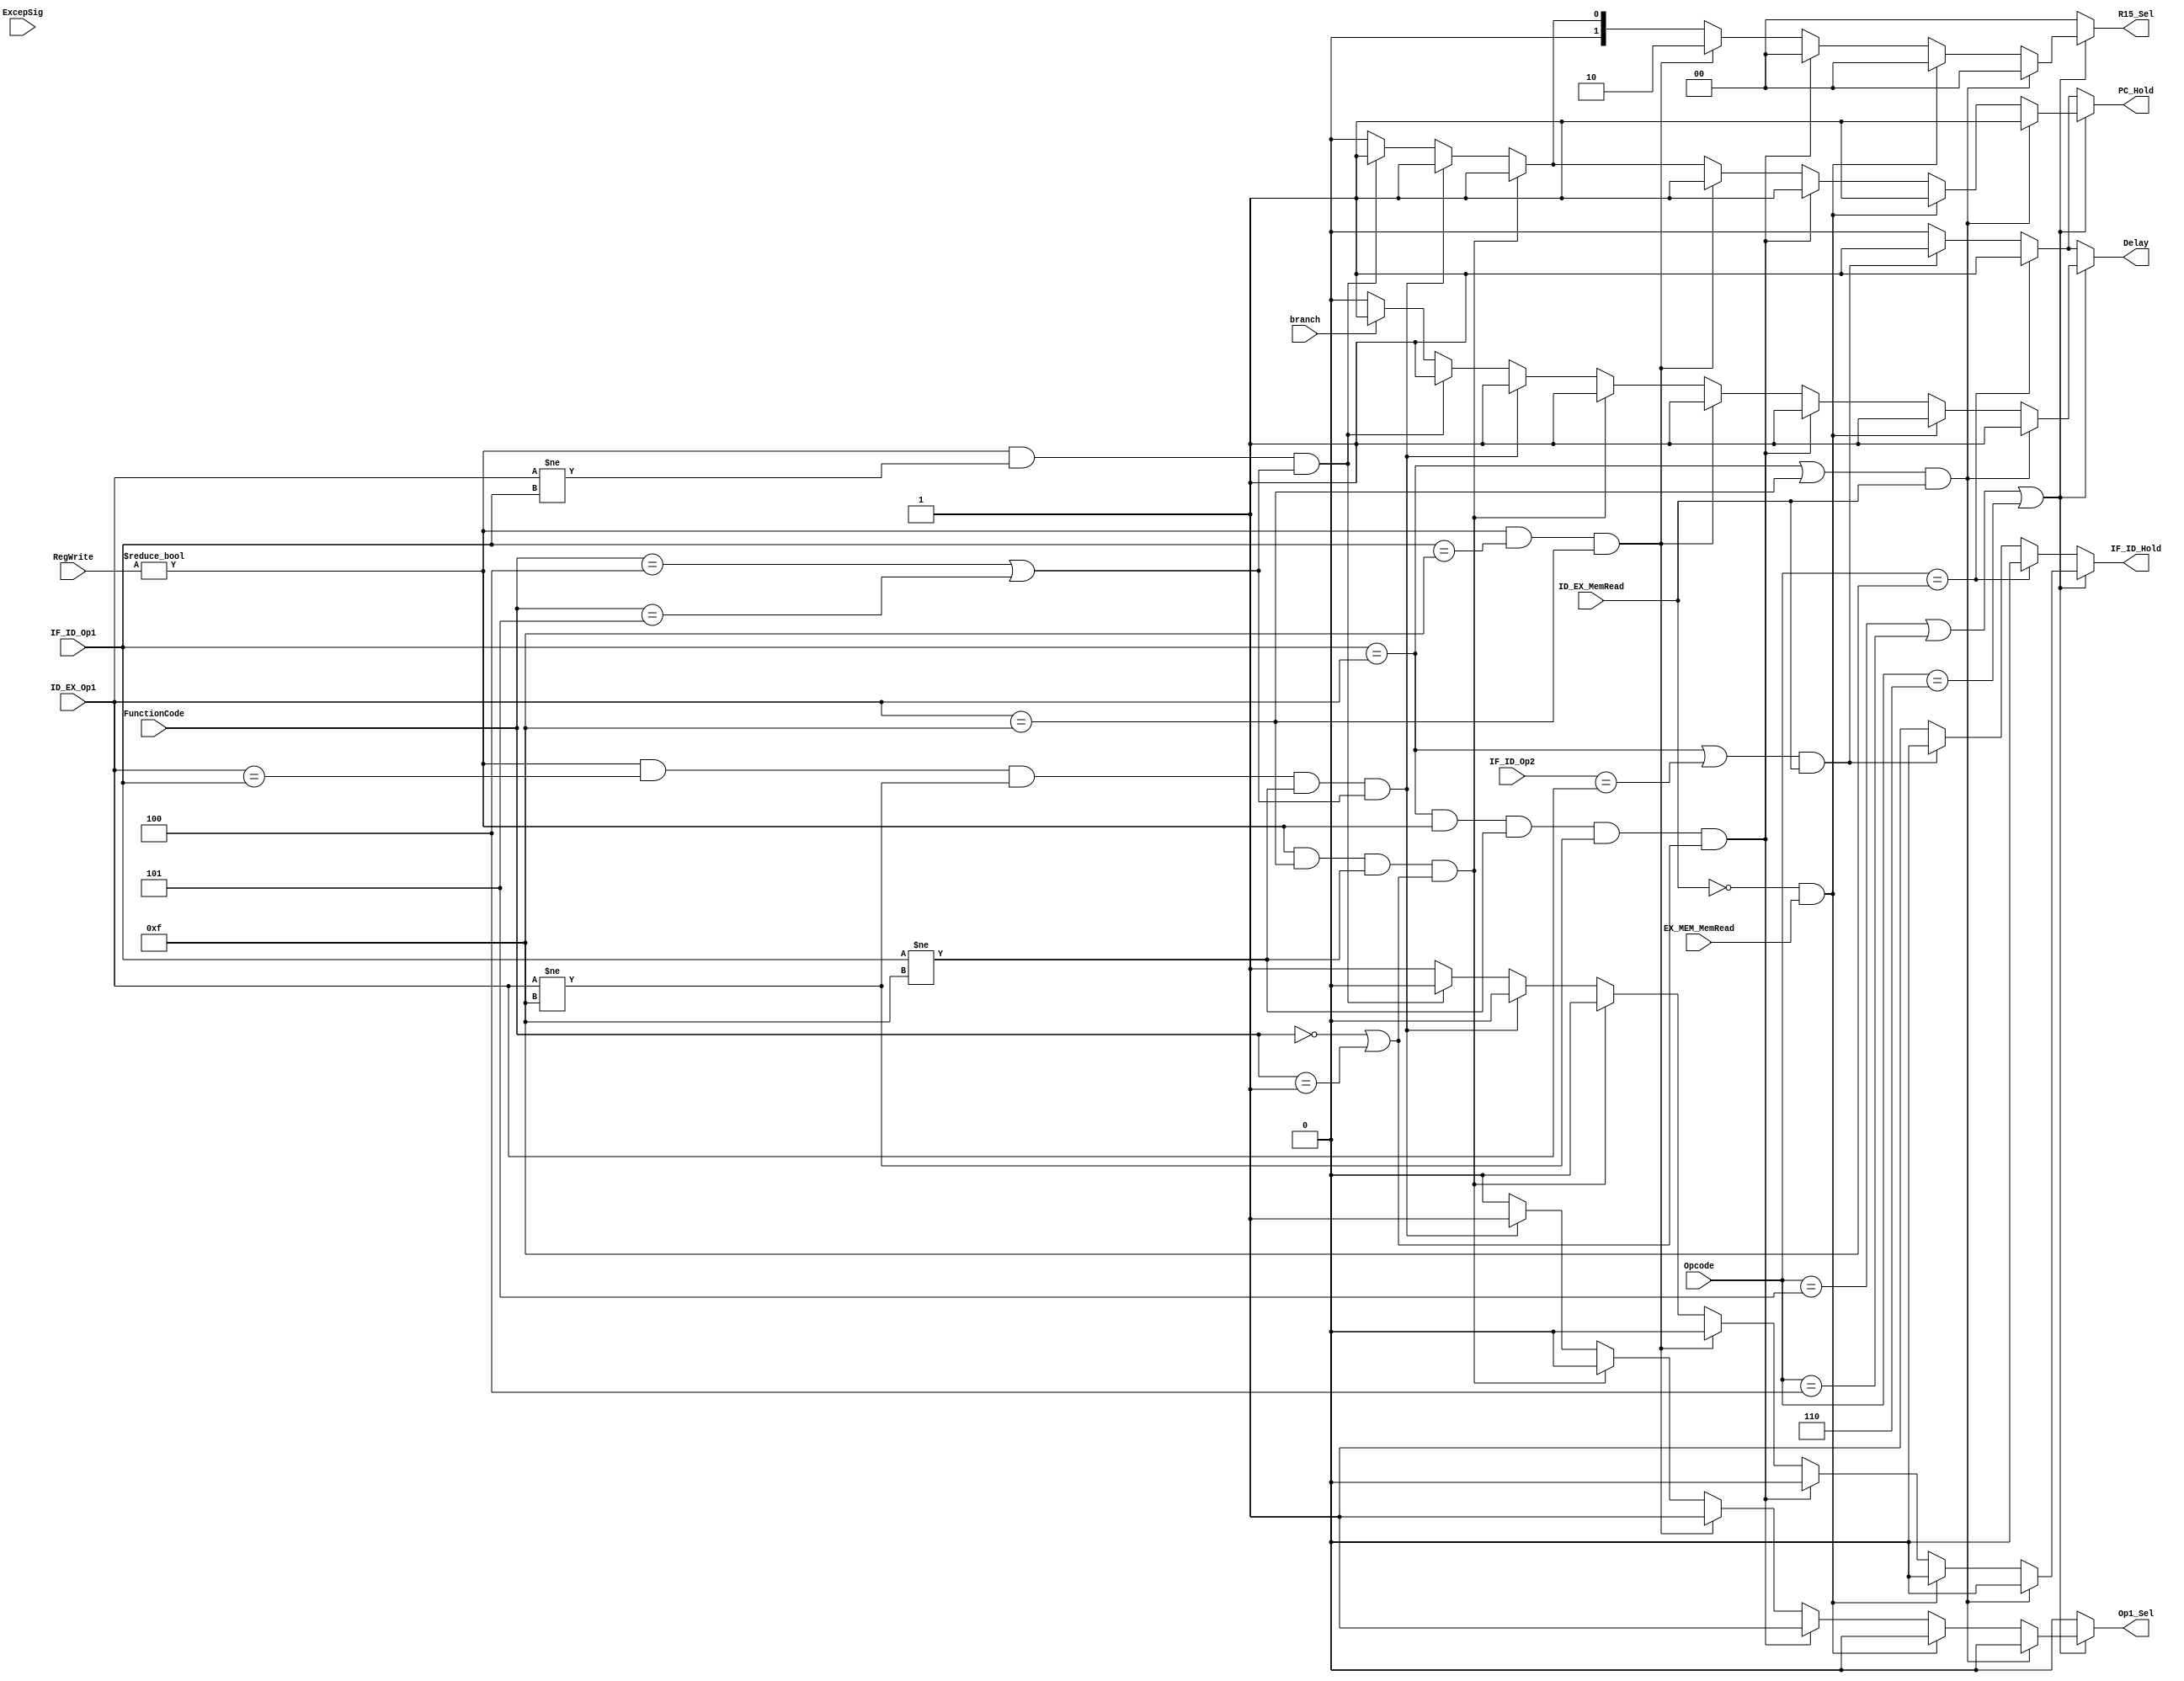
module Hazard_Detect(input [3:0] IF_ID_Op1, IF_ID_Op2, ID_EX_Op1, Opcode,
		     FunctionCode, input [1:0] RegWrite, input ID_EX_MemRead, EX_MEM_MemRead, ExcepSig, branch, 
		     output reg [1:0] R15_Sel, output reg Op1_Sel, IF_ID_Hold, PC_Hold, Delay);

/* input ExcepSig tells the Hazard detection unit whether to hold the IF/ID
 * buffer and program counter. Since we were not required to stop the program
 * but only display a message when an exception occurred, this functionality
 * is not implemented here */

	always@(*) begin

		if(Opcode == 4'b0101 || Opcode == 4'b0100 || Opcode == 4'b0110) begin
	
			if((IF_ID_Op1 == ID_EX_Op1 || ID_EX_Op1 == 4'b1111) && ID_EX_MemRead) begin
			
				Delay = 1;
				Op1_Sel = 0;
				R15_Sel = 2'b00;
				IF_ID_Hold = 0;
				PC_Hold = 1;	
	
			end	

			else if(!ID_EX_MemRead && EX_MEM_MemRead) begin

				Delay = 1;
				Op1_Sel = 0;
				R15_Sel = 2'b00;
				IF_ID_Hold = 0;
				PC_Hold = 1;	

			end
			
			else if(IF_ID_Op1 == ID_EX_Op1 && RegWrite != 2'b00 && IF_ID_Op1 != 4'b1111 && ID_EX_Op1 != 4'b1111 && (FunctionCode == 4'b0000 || FunctionCode == 4'b0001)) begin
			
				Delay = 1;
				Op1_Sel = 1;
				R15_Sel = 2'b00;
				IF_ID_Hold = 0;
				PC_Hold = 1;
		
			end

			else if(RegWrite != 2'b00 && IF_ID_Op1 == 4'b1111 && ID_EX_Op1 == 4'b1111) begin

				Delay = 1;
				Op1_Sel = 1;
				R15_Sel = 2'b10;
				IF_ID_Hold = 0;
				PC_Hold = 1;
	
			end

			else if(RegWrite != 2'b00 && ID_EX_Op1 == 4'b1111 && IF_ID_Op1 != 4'b1111 && (FunctionCode == 4'b0000 || FunctionCode == 4'b0001)) begin

				Delay = 1;
				Op1_Sel = 0;
				R15_Sel = 2'b01;
				IF_ID_Hold = 0;
				PC_Hold = 1;
	
			end

			else if(RegWrite != 2'b00 && ID_EX_Op1 == IF_ID_Op1 && ID_EX_Op1 != 4'b1111 && IF_ID_Op1 != 4'b1111 && (FunctionCode == 4'b0100 || FunctionCode == 4'b0101)) begin

				Delay = 1;
				Op1_Sel = 1;
				R15_Sel = 2'b01;
				IF_ID_Hold = 0;
				PC_Hold = 1;
	
			end

			else if(RegWrite != 2'b00 && ID_EX_Op1 != IF_ID_Op1 && (FunctionCode == 4'b0100 || FunctionCode == 4'b0101)) begin

				Delay = 1;
				Op1_Sel = 0;
				R15_Sel = 2'b01;
				IF_ID_Hold = 0;
				PC_Hold = 1;	

			end


			else if(branch == 1'b1) begin
		
				IF_ID_Hold = 1;
				PC_Hold = 0;
				Delay = 1;	
				Op1_Sel = 0;
				R15_Sel = 2'b00;		

			end

	
			else begin

				Delay = 0;
				Op1_Sel = 0;
				R15_Sel = 2'b00;
				PC_Hold = 0;
				IF_ID_Hold = 1;

			end

		end	

		else if(Opcode == 4'b1111) begin
		
				IF_ID_Hold = 0;
				PC_Hold = 1;
				Delay = 1;	
				Op1_Sel = 0;
				R15_Sel = 2'b00;	

		end

		else if(((IF_ID_Op1 == ID_EX_Op1) || (IF_ID_Op2 == ID_EX_Op1)) && ID_EX_MemRead) begin

				IF_ID_Hold = 0;
				PC_Hold = 1;
				Delay = 1;	
				Op1_Sel = 0;
				R15_Sel = 2'b00;		

	        end

		else begin

			IF_ID_Hold = 1;
			PC_Hold = 0;
			Delay = 0;
			Op1_Sel = 0;
			R15_Sel = 2'b00;


		end

	end

endmodule